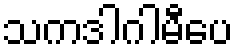
သကဒါဂါမီပေ